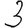
Digit: 3